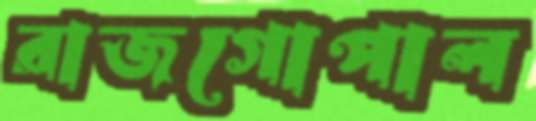
রাজগোপাল